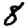
Digit: 8